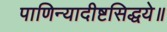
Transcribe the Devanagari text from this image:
पाणिन्यादीष्टसिद्धये॥